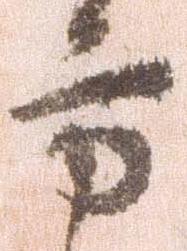
方